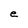
Character: e